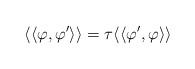
LaTeX: \begin{align*}\langle\langle\varphi,\varphi'\rangle\rangle=\tau\langle\langle\varphi',\varphi\rangle\rangle\end{align*}